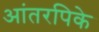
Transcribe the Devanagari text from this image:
आंतरपिके